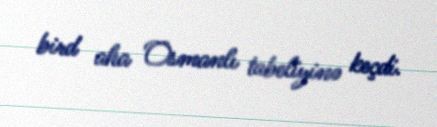
bird aha Osmanlı tabeliyinə keçdi.